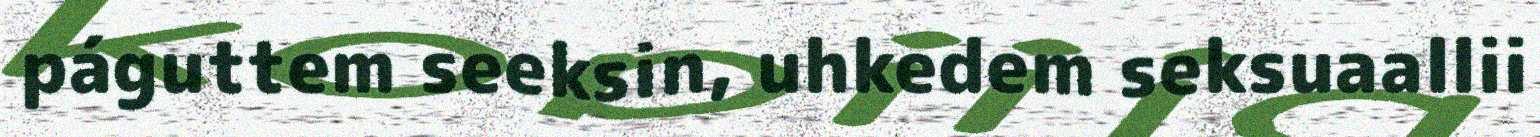
páguttem seeksin, uhkedem seksuaallii